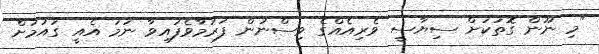
"މި ނޫން ގޮތަކަށް ސިޔާސީ ވެރިއެއްގެ ވިސްނުން ފަރުމާވެފައިވާ ނަމަ އެއީ ގައުމަށް